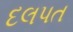
દલપત